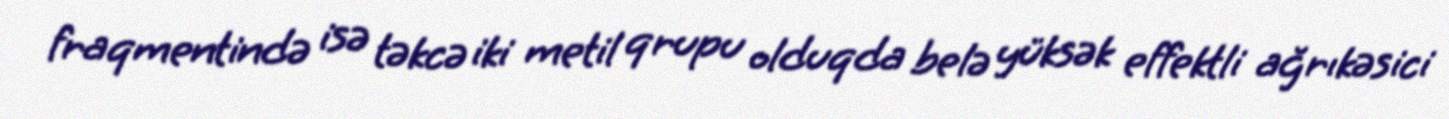
fraqmentində isə təkcə iki metil qrupu olduqda belə yüksək effektli ağrıkəsici